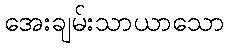
အေးချမ်းသာယာသော